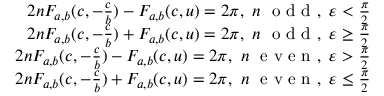
\begin{array} { r l r } & { } & { 2 n F _ { a , b } ( c , - \frac { c } { b } ) - F _ { a , b } ( c , u ) = 2 \pi , ~ n ~ \textrm { o d d } , ~ \varepsilon < \frac { \pi } { 2 } } \\ & { } & { 2 n F _ { a , b } ( c , - \frac { c } { b } ) + F _ { a , b } ( c , u ) = 2 \pi , ~ n ~ \textrm { o d d } , ~ \varepsilon \geq \frac { \pi } { 2 } } \\ & { } & { 2 n F _ { a , b } ( c , - \frac { c } { b } ) - F _ { a , b } ( c , u ) = 2 \pi , ~ n ~ \textrm { e v e n } , ~ \varepsilon > \frac { \pi } { 2 } } \\ & { } & { 2 n F _ { a , b } ( c , - \frac { c } { b } ) + F _ { a , b } ( c , u ) = 2 \pi , ~ n ~ \textrm { e v e n } , ~ \varepsilon \leq \frac { \pi } { 2 } } \end{array}